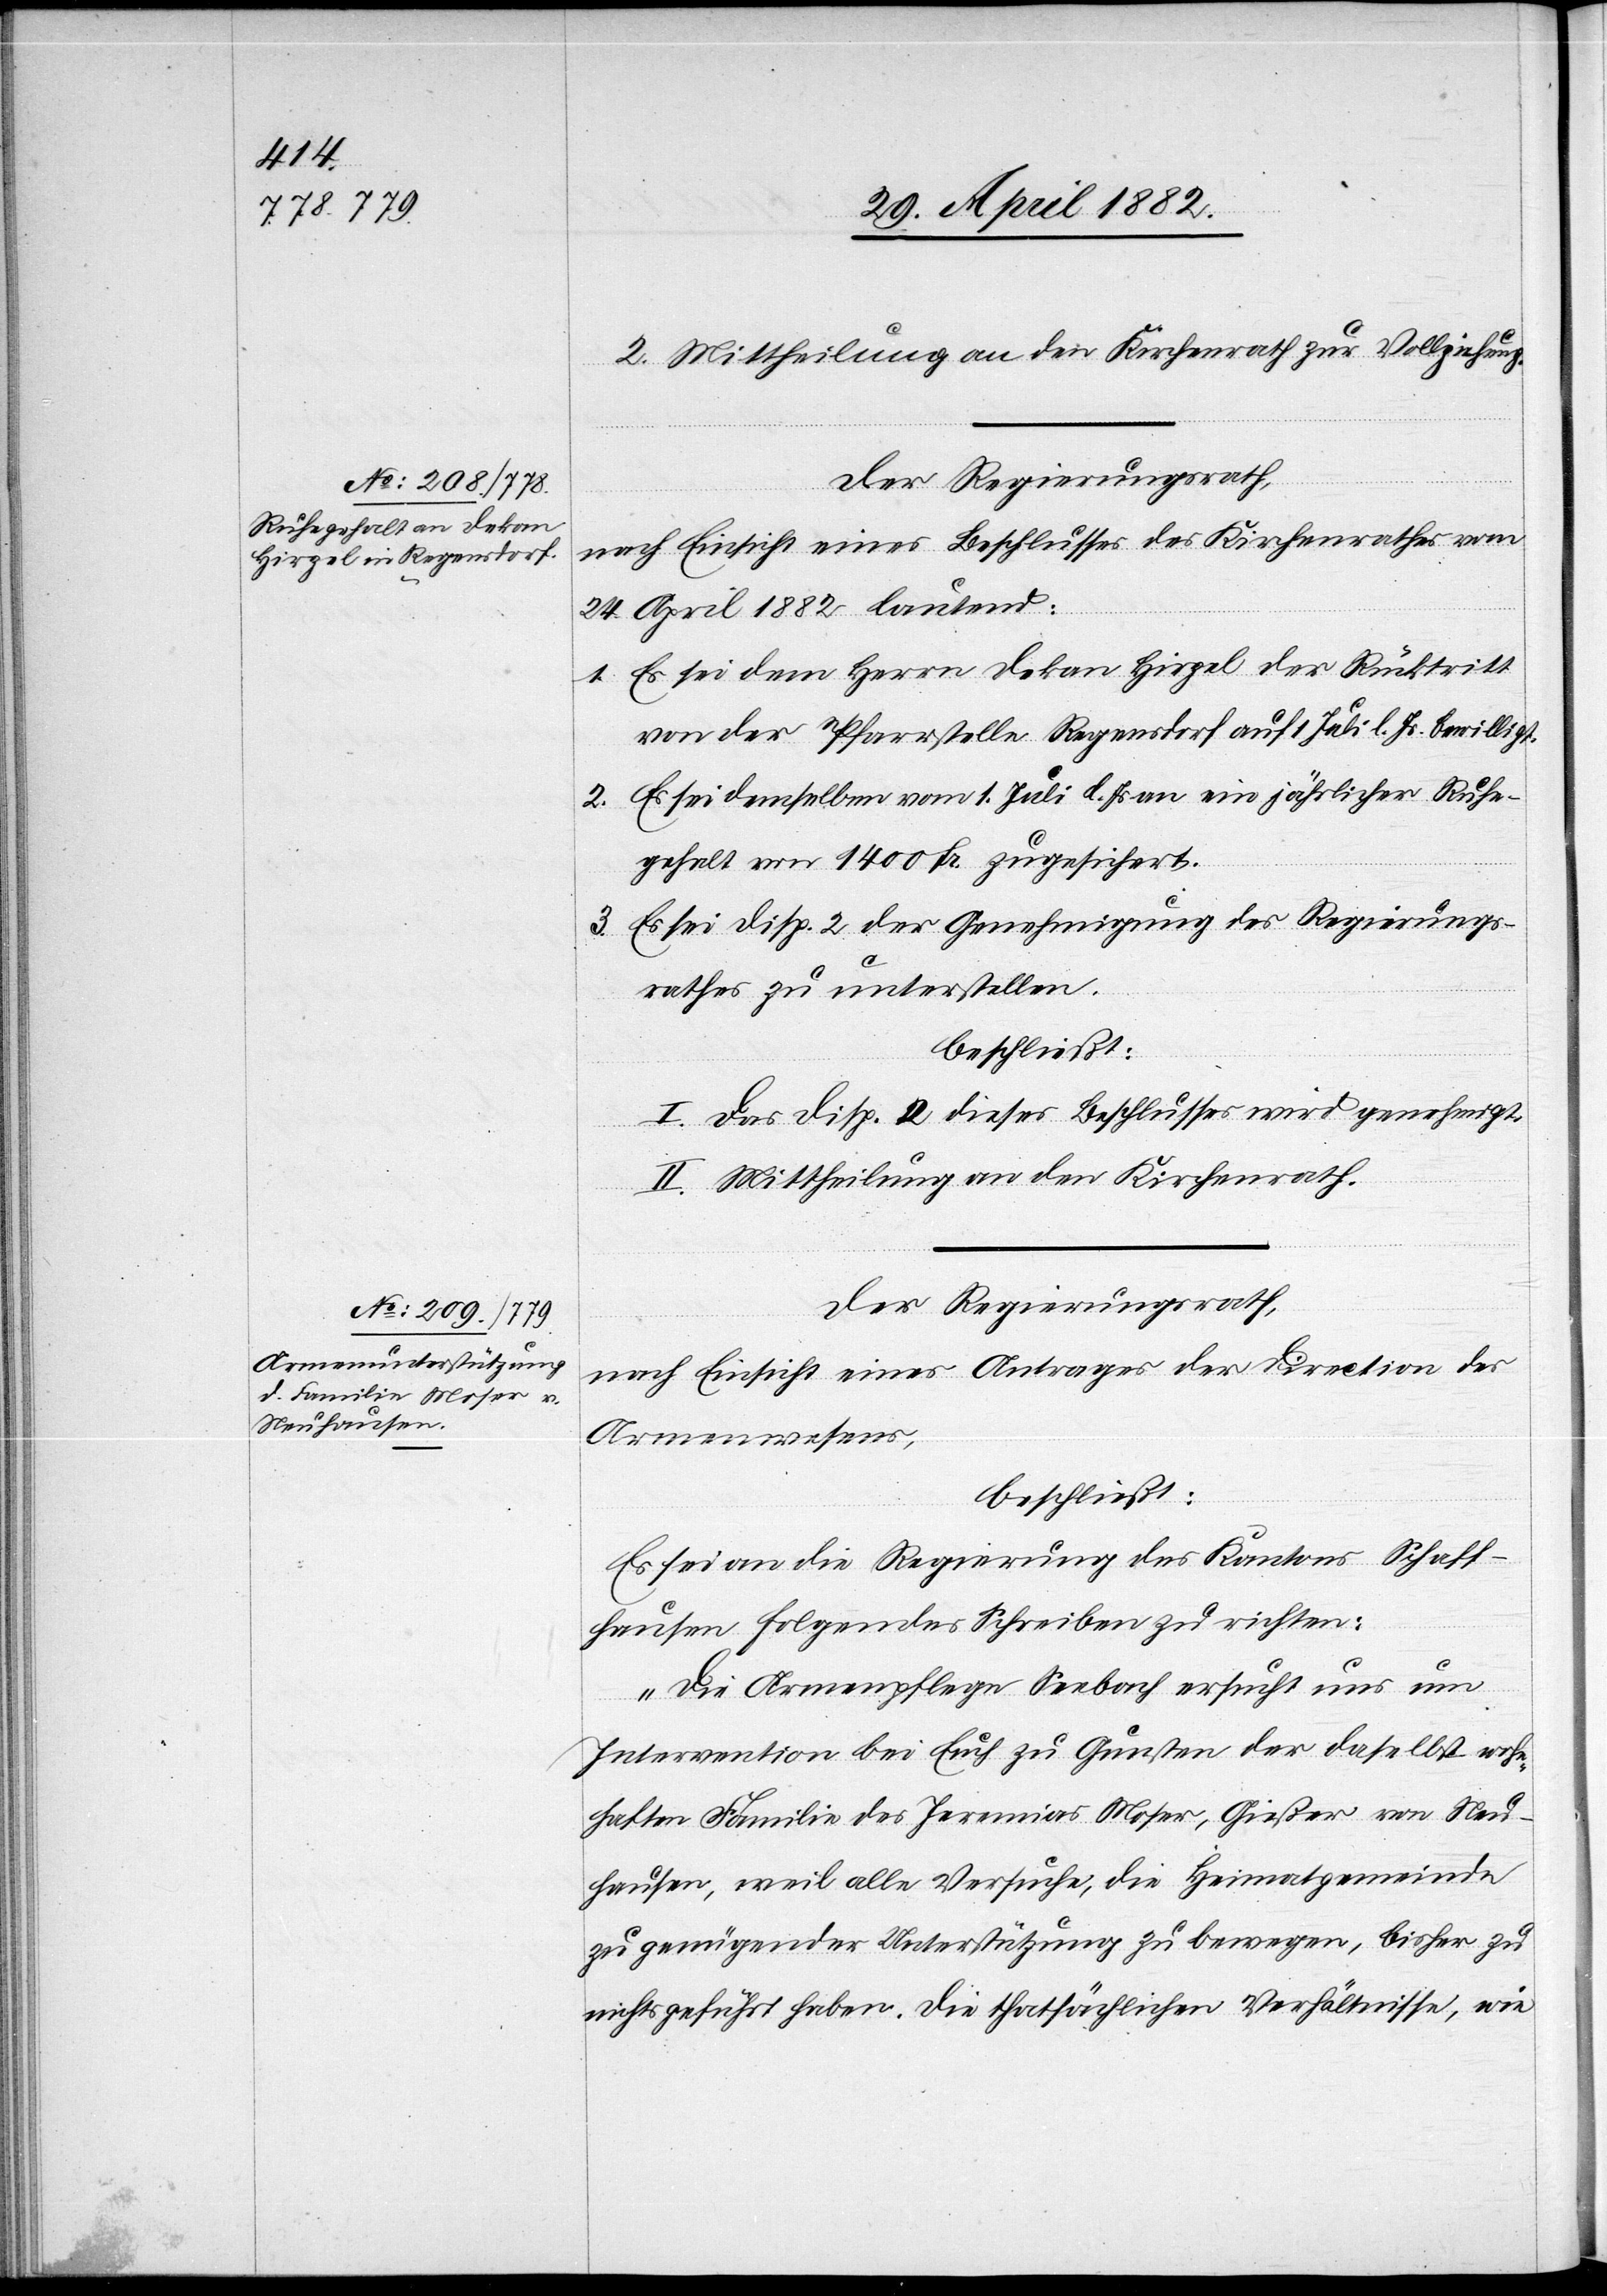
2. Mittheilung an den Kirchenrath zur Vollziehung.
Der Regierungsrath,
nach Einsicht eines Beschlusses des Kirchenrathes vom
24. April 1882 lautend:
1. Es sei dem Herrn Dekan Hirzel der Rücktritt
von der Pfarrstelle Regensdorf auf 1. Juli d. Js. bewilligt.
2. Es sei demselben vom 1. Juli d. Js. an ein jährliches Ruhe¬
Es sei Disp. 2 der Genehmigung des Regierungs¬
rathes zu unterstellen.
beschließt:
I. Das Disp. 2 dieses Beschlusses wird genehmigt.
II. Mittheilung an den Kirchenrath.
Der Regierungsrath,
nach Einsicht eines Antrages der Direction des
Armenwesens,
beschließt:
Es sei an die Regierung des Kantons Schaff¬
hausen folgendes Schreiben zu richten:
3.
„Die Armenpflege Seebach ersucht uns um
Intervention bei Euch zu Gunsten der daselbst wohn¬
haften Familie des Jeremias Moser, Gießer von Neu¬
hausen, weil alle Versuche, die Heimatgemeinde
zu genügender Unterstützung zu bewegen, bisher zu
nichts geführt haben. Die thatsächlichen Verhältnisse, wie